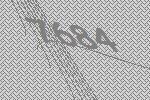
7684